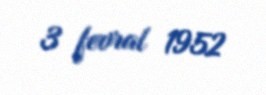
3 fevral 1952